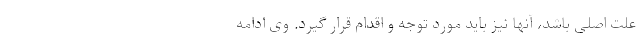
علت اصلی باشد، آنها نیز باید مورد توجه و اقدام قرار گیرد. وی ادامه